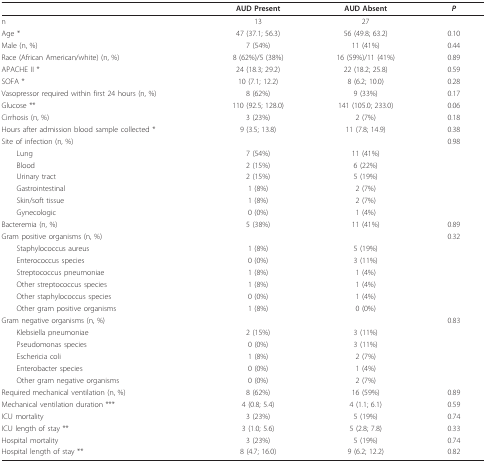
<table><thead><tr><td></td><td><b>AUD Present</b></td><td><b>AUD Absent</b></td><td><b><i>P</i></b></td></tr></thead><tbody><tr><td>n</td><td>13</td><td>27</td><td></td></tr><tr><td>Age *</td><td>47 (37.1; 56.3)</td><td>56 (49.8; 63.2)</td><td>0.10</td></tr><tr><td>Male (n, %)</td><td>7 (54%)</td><td>11 (41%)</td><td>0.44</td></tr><tr><td>Race (African American/white) (n, %)</td><td>8 (62%)/5 (38%)</td><td>16 (59%)/11 (41%)</td><td>0.89</td></tr><tr><td>APACHE II *</td><td>24 (18.3; 29.2)</td><td>22 (18.2; 25.8)</td><td>0.59</td></tr><tr><td>SOFA *</td><td>10 (7.1; 12.2)</td><td>8 (6.2; 10.0)</td><td>0.28</td></tr><tr><td>Vasopressor required within first 24 hours (n, %)</td><td>8 (62%)</td><td>9 (33%)</td><td>0.17</td></tr><tr><td>Glucose **</td><td>110 (92.5; 128.0)</td><td>141 (105.0; 233.0)</td><td>0.06</td></tr><tr><td>Cirrhosis (n, %)</td><td>3 (23%)</td><td>2 (7%)</td><td>0.18</td></tr><tr><td>Hours after admission blood sample collected *</td><td>9 (3.5; 13.8)</td><td>11 (7.8; 14.9)</td><td>0.38</td></tr><tr><td>Site of infection (n, %)</td><td></td><td></td><td>0.98</td></tr><tr><td> Lung</td><td>7 (54%)</td><td>11 (41%)</td><td></td></tr><tr><td> Blood</td><td>2 (15%)</td><td>6 (22%)</td><td></td></tr><tr><td> Urinary tract</td><td>2 (15%)</td><td>5 (19%)</td><td></td></tr><tr><td> Gastrointestinal</td><td>1 (8%)</td><td>2 (7%)</td><td></td></tr><tr><td> Skin/soft tissue</td><td>1 (8%)</td><td>2 (7%)</td><td></td></tr><tr><td> Gynecologic</td><td>0 (0%)</td><td>1 (4%)</td><td></td></tr><tr><td>Bacteremia (n, %)</td><td>5 (38%)</td><td>11 (41%)</td><td>0.89</td></tr><tr><td>Gram positive organisms (n, %)</td><td></td><td></td><td>0.32</td></tr><tr><td> Staphylococcus aureus</td><td>1 (8%)</td><td>5 (19%)</td><td></td></tr><tr><td> Enterococcus species</td><td>0 (0%)</td><td>3 (11%)</td><td></td></tr><tr><td> Streptococcus pneumoniae</td><td>1 (8%)</td><td>1 (4%)</td><td></td></tr><tr><td> Other streptococcus species</td><td>1 (8%)</td><td>1 (4%)</td><td></td></tr><tr><td> Other staphylococcus species</td><td>0 (0%)</td><td>1 (4%)</td><td></td></tr><tr><td> Other gram positive organisms</td><td>1 (8%)</td><td>0 (0%)</td><td></td></tr><tr><td>Gram negative organisms (n, %)</td><td></td><td></td><td>0.83</td></tr><tr><td> Klebsiella pneumoniae</td><td>2 (15%)</td><td>3 (11%)</td><td></td></tr><tr><td> Pseudomonas species</td><td>0 (0%)</td><td>3 (11%)</td><td></td></tr><tr><td> Eschericia coli</td><td>1 (8%)</td><td>2 (7%)</td><td></td></tr><tr><td> Enterobacter species</td><td>0 (0%)</td><td>1 (4%)</td><td></td></tr><tr><td> Other gram negative organisms</td><td>0 (0%)</td><td>2 (7%)</td><td></td></tr><tr><td>Required mechanical ventilation (n, %)</td><td>8 (62%)</td><td>16 (59%)</td><td>0.89</td></tr><tr><td>Mechanical ventilation duration ***</td><td>4 (0.8; 5.4)</td><td>4 (1.1; 6.1)</td><td>0.59</td></tr><tr><td>ICU mortality</td><td>3 (23%)</td><td>5 (19%)</td><td>0.74</td></tr><tr><td>ICU length of stay **</td><td>3 (1.0; 5.6)</td><td>5 (2.8; 7.8)</td><td>0.33</td></tr><tr><td>Hospital mortality</td><td>3 (23%)</td><td>5 (19%)</td><td>0.74</td></tr><tr><td>Hospital length of stay **</td><td>8 (4.7; 16.0)</td><td>9 (6.2; 12.2)</td><td>0.82</td></tr></tbody></table>